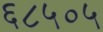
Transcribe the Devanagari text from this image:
६८५०५